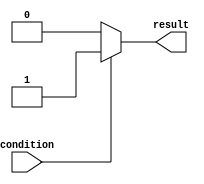
module continuous_assignment (
    input wire condition,
    output reg result
);

// Continuous assignment statement
assign result = (condition) ? 1'b1 : 1'b0;

endmodule